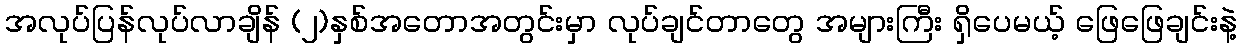
အလုပ်ပြန်လုပ်လာချိန် (၂)နှစ်အတောအတွင်းမှာ လုပ်ချင်တာတွေ အများကြီး ရှိပေမယ့် ဖြေဖြေချင်းနဲ့